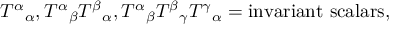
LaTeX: T ^ { \alpha } { } _ { \alpha } , T ^ { \alpha } { } _ { \beta } T ^ { \beta } { } _ { \alpha } , T ^ { \alpha } { } _ { \beta } T ^ { \beta } { } _ { \gamma } T ^ { \gamma } { } _ { \alpha } = { \mathrm { i n v a r i a n t ~ s c a l a r s } } ,